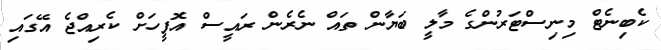
ކެބިނެޓް މިނިސްޓަރުންގެ މާލީ ބަޔާން ތައް ނެރެން ރައީސް އޮފީހަށް ކެރިއްޖެ އޭގައި